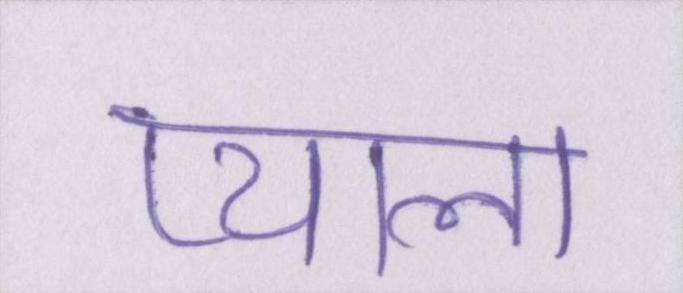
प्याला